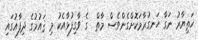
ހަތިޔާރު ނަގާ ހަނގުރާމަކޮށްގެންވެސް މާތް  ގެ ވާގިފުޅާއެކު މި ޤައުމުގެ ދިފާއުގައި